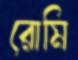
রোমি